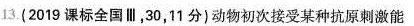
13.(2019课标全国Ⅲ，30，11分)动物初次接受某种抗原刺激能